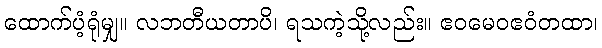
ထောက်ပံ့ရုံမျှ။ လဘတီယတာပိ၊ ရသကဲ့သို့လည်း။ ဧဝမေဝဧဝံတထာ၊